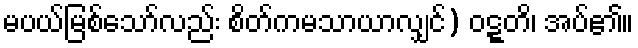
မပယ်မြစ်သော်လည်း စိတ်ကမသာယာလျှင်) ဝဋ္ဋတိ၊ အပ်၏။